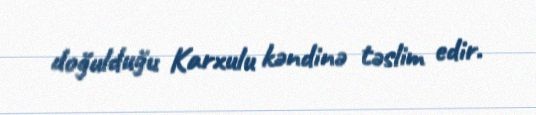
doğulduğu Karxulu kəndinə təslim edir.